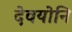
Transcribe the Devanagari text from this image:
देवयोनि